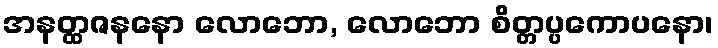
အနတ္ထဇနနော လောဘော, လောဘော စိတ္တပ္ပကောပနော၊